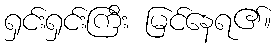
ရှင်းရှင်းကြီး မြင်နေရ၏။